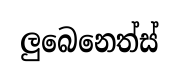
ලුබෙනෙත්ස්